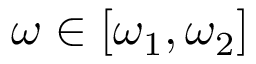
\omega \in [ \omega _ { 1 } , \omega _ { 2 } ]